Annual report of the Punjab Veterinary College and of the Civil Veterinary Department, Punjab - 1926-1932
Year: 1926
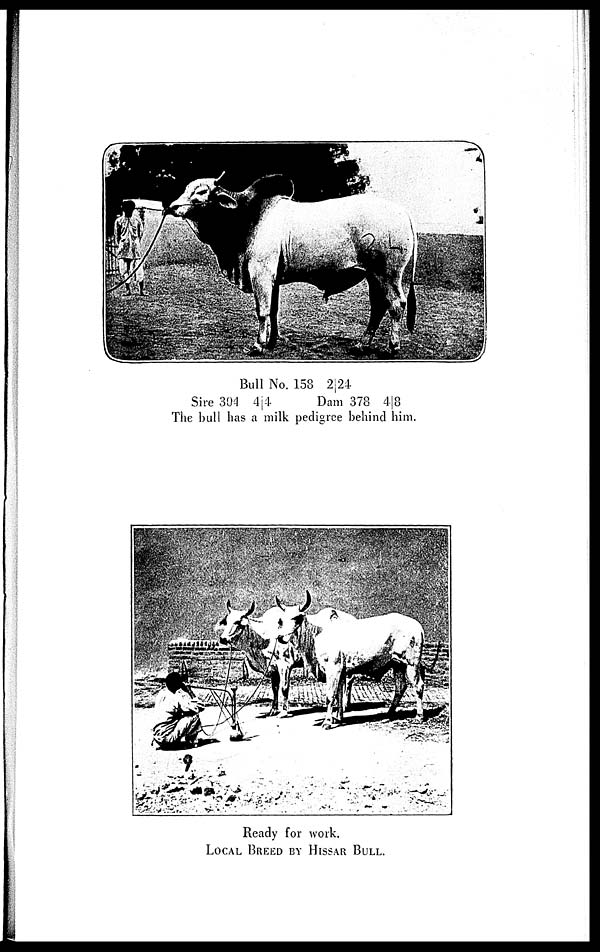
Bull No. 158 2|24
Sire 304 4|4
Dam 378 4|8
The bull has a milk pedigree behind him.
Ready for work.
LOCAL BREED BY HISSAR BULL.